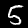
Label: 5